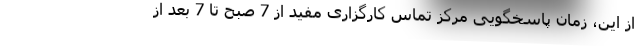
از این، زمان پاسخگویی مرکز تماس کارگزاری مفید از 7 صبح تا 7 بعد از